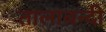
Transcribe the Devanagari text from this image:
तालाबन्दी